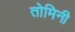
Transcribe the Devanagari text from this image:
तोमिनी